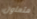
متعاون